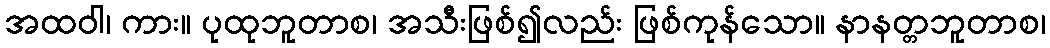
အထဝါ၊ ကား။ ပုထုဘူတာစ၊ အသီးဖြစ်၍လည်း ဖြစ်ကုန်သော။ နာနတ္တဘူတာစ၊